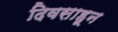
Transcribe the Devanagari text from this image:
दिवसाहून